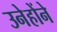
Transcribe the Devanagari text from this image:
उनेहोंने